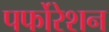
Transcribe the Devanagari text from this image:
पर्फोरेशन